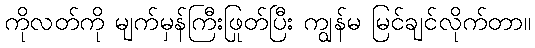
ကိုလတ်ကို မျက်မှန်ကြီးဖြုတ်ပြီး ကျွန်မ မြင်ချင်လိုက်တာ။